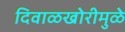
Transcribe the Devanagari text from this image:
दिवाळखोरीमुळे